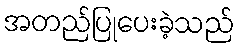
အတည်ပြုပေးခဲ့သည်